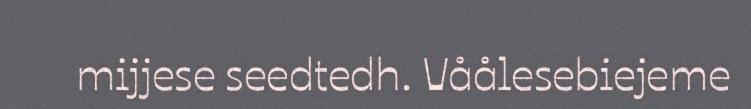
mijjese seedtedh. Våålesebiejeme